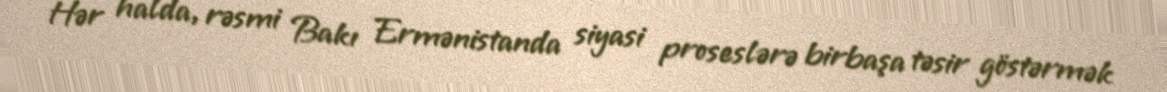
Hər halda, rəsmi Bakı Ermənistanda siyasi proseslərə birbaşa təsir göstərmək